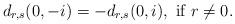
LaTeX: \begin{align*}d_{r,s}(0,-i)=-d_{r,s}(0,i),\mbox{ if }r\ne 0.\end{align*}